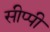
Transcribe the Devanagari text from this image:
सीप्पी